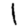
Digit: 1